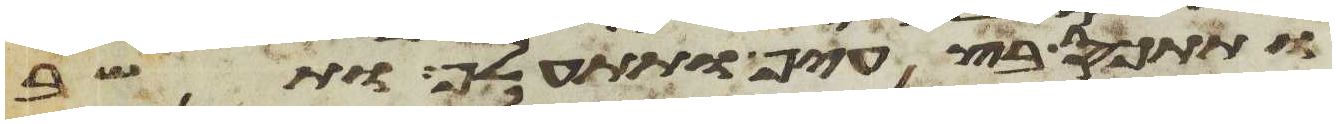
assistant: ותתכס בצעיף ותתעלף ותשב